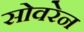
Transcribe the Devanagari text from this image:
सोवरेन